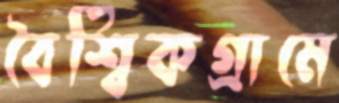
বৈশ্বিকগ্রামে